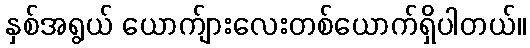
နှစ်အရွယ် ယောက်ျားလေးတစ်ယောက်ရှိပါတယ်။